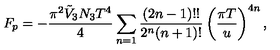
F _ { p } = - \frac { \pi ^ { 2 } \tilde { V } _ { 3 } N _ { 3 } T ^ { 4 } } { 4 } \sum _ { n = 1 } \frac { ( 2 n - 1 ) ! ! } { 2 ^ { n } ( n + 1 ) ! } \left( \frac { \pi T } { u } \right) ^ { 4 n } ,